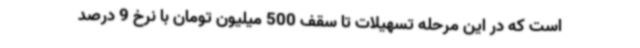
است که در این مرحله تسهیلات تا سقف 500 میلیون تومان با نرخ 9 درصد